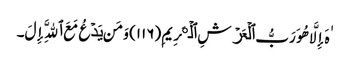
ٰهَ إِلَّا هُوَ رَبُّ ٱلۡعَرۡشِ ٱلۡڪَرِیمِ (١١٦) وَمَن یَدۡعُ مَعَ ٱللَّهِ إِلَ۔